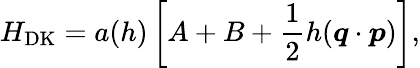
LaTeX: H_{\mathrm{DK}}=a(h)\left[A+B+\frac 12h(\boldsymbol{q}\cdot\boldsymbol{p})\right],